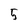
Character: 5